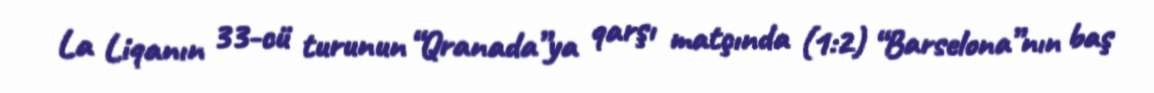
La Liqanın 33-cü turunun “Qranada”ya qarşı matçında (1:2) “Barselona”nın baş